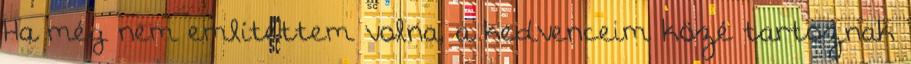
Ha még nem említettem volna, a kedvenceim közé tartoznak